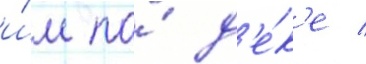
и́м по́ д'е́к'е /